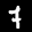
Label: 7